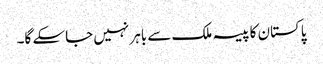
پاکستان کا پیسہ ملک سے باہر نہیں جاسکے گا۔